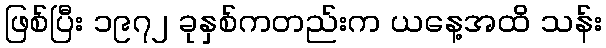
ဖြစ်ပြီး ၁၉၇၂ ခုနှစ်ကတည်းက ယနေ့အထိ သန်း